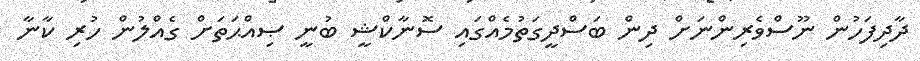
ދާދިފަހުން ނޫސްވެރިންނަށް ދިން ބަސްދީގަތުމެއްގައި ސޮނާކްޝީ ބުނީ ޞިއްޙަތަށް ގެއްލުން ހުރި ކާނާ